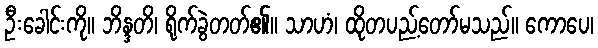
ဦးခေါင်းကို။ ဘိန္ဒတိ၊ ရိုက်ခွဲတတ်၏။ သာဟံ၊ ထိုတပည့်တော်မသည်။ ကောပေ၊